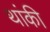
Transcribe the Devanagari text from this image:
थांकी